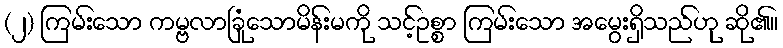
(၂) ကြမ်းသော ကမ္ဗလာခြုံသောမိန်းမကို သင့်ဥစ္စာ ကြမ်းသော အမွေးရှိသည်ဟု ဆို၏။